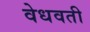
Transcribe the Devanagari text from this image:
वेधवती